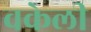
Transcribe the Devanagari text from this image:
वकेली